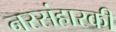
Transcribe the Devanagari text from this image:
नरसंहारकी